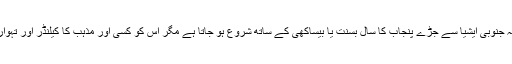
کچھ روایت پسندوں کا خیال ہے کہ جنوبی ایشیا سے جڑے پنجاب کا سال بسنت یا بیساکھی کے ساتھ شروع ہو جاتا ہے مگر اس کو کسی اور مذہب کا کیلنڈر اور تہوار سمجھ کر حرام قرار دیا گیا ہے ۔